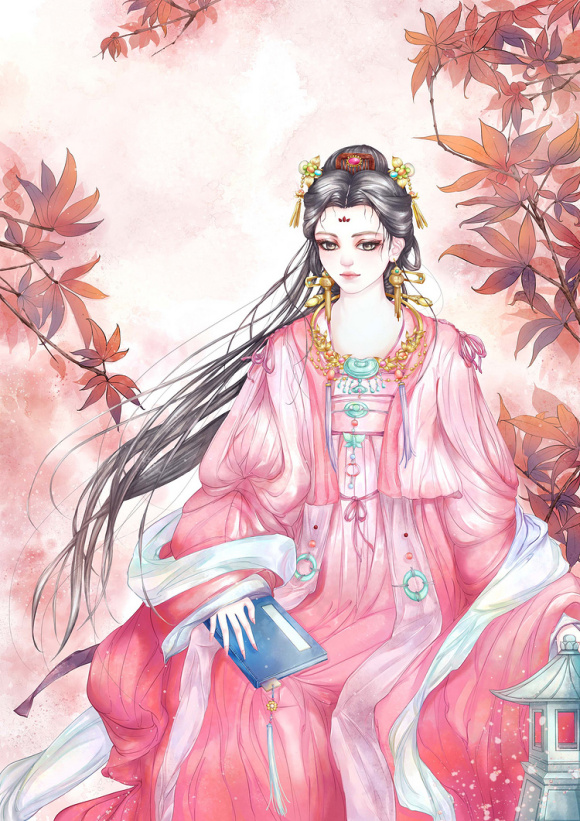
光景不胜闺阁恨，行行坐坐黛眉攒。